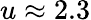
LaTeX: u\approx 2.3